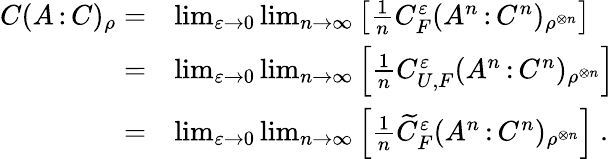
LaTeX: \begin{array}{rl}{C(A{\, :\, }C)_{\rho}=}&{\operatorname*{lim}_{\varepsilon\to 0}\operatorname*{lim}_{n\to\infty}\left[\frac{1}{n}C_{F}^{\varepsilon}(A^{n}{\, :\, }C^{n})_{\rho^{\otimes n}}\right]}\\ {=}&{\operatorname*{lim}_{\varepsilon\to 0}\operatorname*{lim}_{n\to\infty}\left[\frac{1}{n}C_{U,F}^{\varepsilon}(A^{n}{\, :\, }C^{n})_{\rho^{\otimes n}}\right]}\\ {=}&{\operatorname*{lim}_{\varepsilon\to 0}\operatorname*{lim}_{n\to\infty}\left[\frac{1}{n}\widetilde{C}_{F}^{\varepsilon}(A^{n}{\, :\, }C^{n})_{\rho^{\otimes n}}\right]\ .}\end{array}